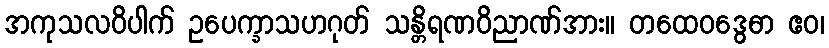
အကုသလဝိပါက် ဥပေက္ခာသဟဂုတ် သန္တိရဏဝိညာဏ်အား။ တထေဝဒွေဓာ ဧဝ၊